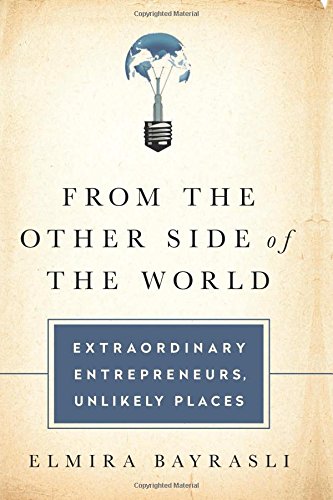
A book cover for From the Other Side of the World: Extraordinary Entrepreneurs, Unlikely Places; Elmira Bayrasli; Business & Money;